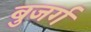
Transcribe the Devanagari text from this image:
बुजर्ग